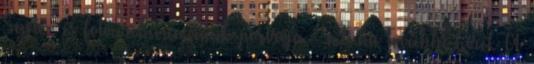
Sajtó- és Fotóarchívumának portréja – mti.hu További hírek A